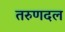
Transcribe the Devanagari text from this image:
तरुणदल